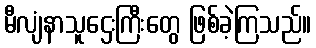
မီလျံနာသူဌေးကြီးတွေ ဖြစ်ခဲ့ကြသည်။